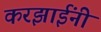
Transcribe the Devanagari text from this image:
करझाईंनी